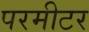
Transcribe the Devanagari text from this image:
परमीटर